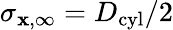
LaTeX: \sigma_{\mathbf{x},\infty}=D_{\textrm{{cyl}}}/2